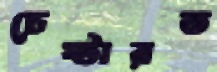
চেষ্টারত